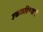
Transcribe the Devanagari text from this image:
उकळविण्याचे